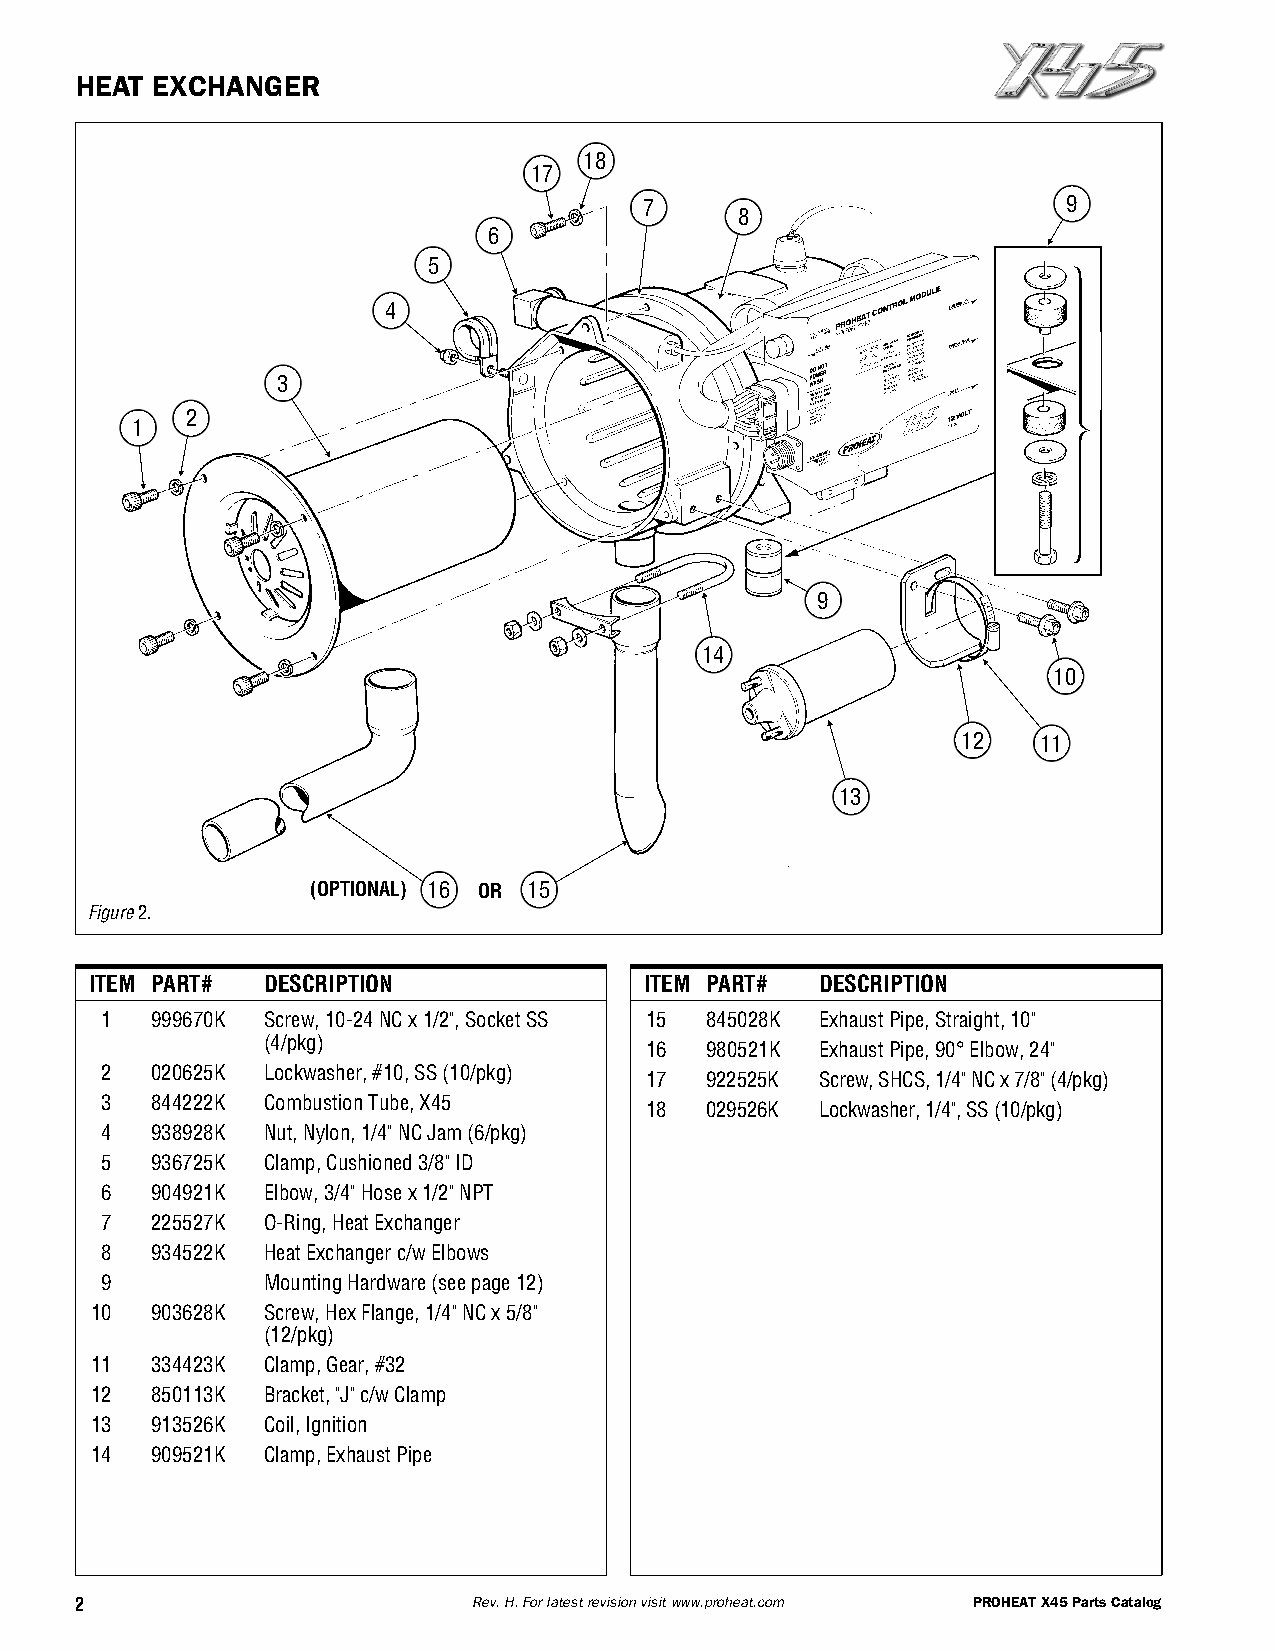
HEAT EXCHANGER
 18
 17
 7                           9
 8
 6
 5
 4
 3
 2
 1
 9
 14
 10
 12   11
 13
 (OPTIONAL) 16 OR 15
 Figure2.
 ITEM PART# DESCRIPTION               ITEM PART# DESCRIPTION
 1  999670K Screw,10-24NCx1/2",SocketSS 15 845028K ExhaustPipe,Straight,10"
 (4/pkg)
 16  980521K ExhaustPipe,90°Elbow,24"
 2  020625K Lockwasher,#10,SS(10/pkg)
 17  922525K Screw,SHCS,1/4"NCx7/8"(4/pkg)
 3  844222K CombustionTube,X45
 18  029526K Lockwasher,1/4",SS(10/pkg)
 4  938928K Nut,Nylon,1/4"NCJam(6/pkg)
 5  936725K Clamp,Cushioned3/8"ID
 6  904921K Elbow,3/4"Hosex1/2"NPT
 7  225527K O-Ring,HeatExchanger
 8  934522K HeatExchangerc/wElbows
 9         MountingHardware(seepage12)
 10  903628K Screw,HexFlange,1/4"NCx5/8"
 (12/pkg)
 11  334423K Clamp,Gear,#32
 12  850113K Bracket,"J"c/wClamp
 13  913526K Coil,Ignition
 14  909521K Clamp,ExhaustPipe
 2                         Rev.H.Forlatestrevisionvisitwww.proheat.com PROHEATX45PartsCatalog